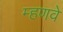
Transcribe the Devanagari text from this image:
म्हणवे